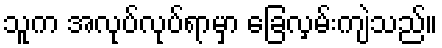
သူက အလုပ်လုပ်ရာမှာ ခြေလှမ်းကျဲသည်။